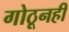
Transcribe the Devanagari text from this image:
गोठूनही